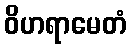
ဝိဟရာမေတံ